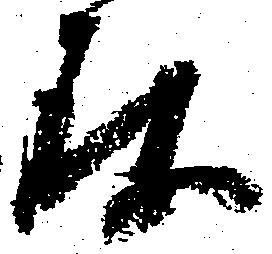
存